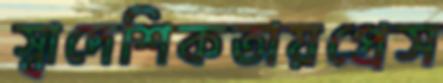
স্বাদেশিকতায়প্রেস